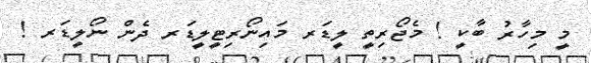
މީ މިހާރު ބާކީ ! މެޖޯރިތީ ލީޑަރ މައިނޯރިޓީލީޑަރ ދެން ނޯލީޑަރ !